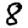
Digit: 8